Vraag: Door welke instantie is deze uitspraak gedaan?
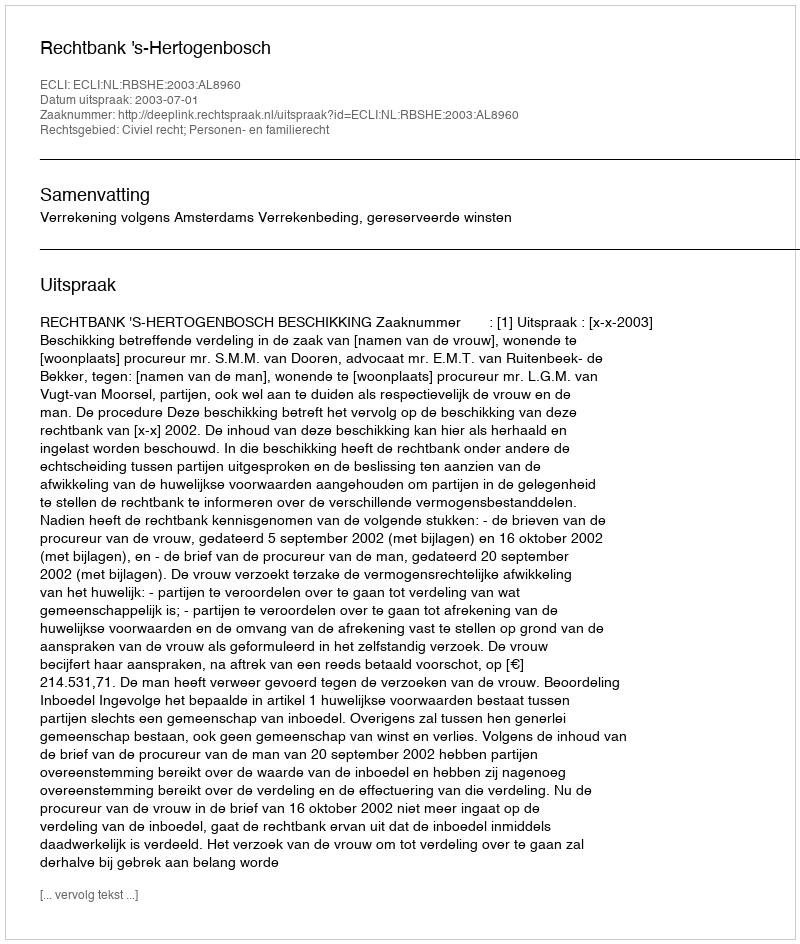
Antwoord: Rechtbank 's-Hertogenbosch